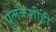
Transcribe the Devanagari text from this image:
पुलकेशीही